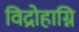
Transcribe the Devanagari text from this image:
विद्रोहाग्नि